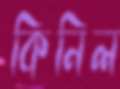
কিনিল